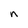
Character: n